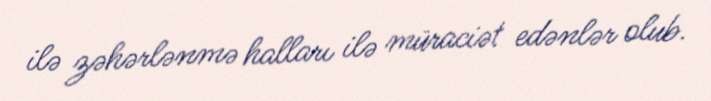
ilə zəhərlənmə halları ilə müraciət edənlər olub.